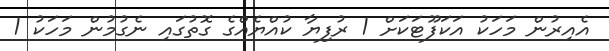
އެއިރުން މަހަކު އަކަފޫޓަކަށް 1 ރުފިޔާ ކުއްޔެއްގެ ގޮތުގައި ނެގުމުން މަހަކު 1